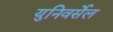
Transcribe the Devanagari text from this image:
युनिवर्सेल